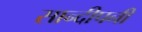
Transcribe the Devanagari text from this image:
सान्दीपनी